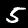
Digit: 5